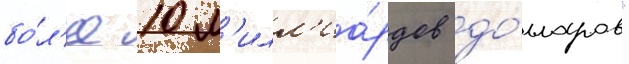
бо́л'ее 10 м'илл'иа́рдов до́лларов"